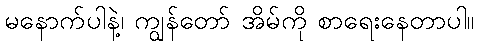
မနောက်ပါနဲ့၊ ကျွန်တော် အိမ်ကို စာရေးနေတာပါ။